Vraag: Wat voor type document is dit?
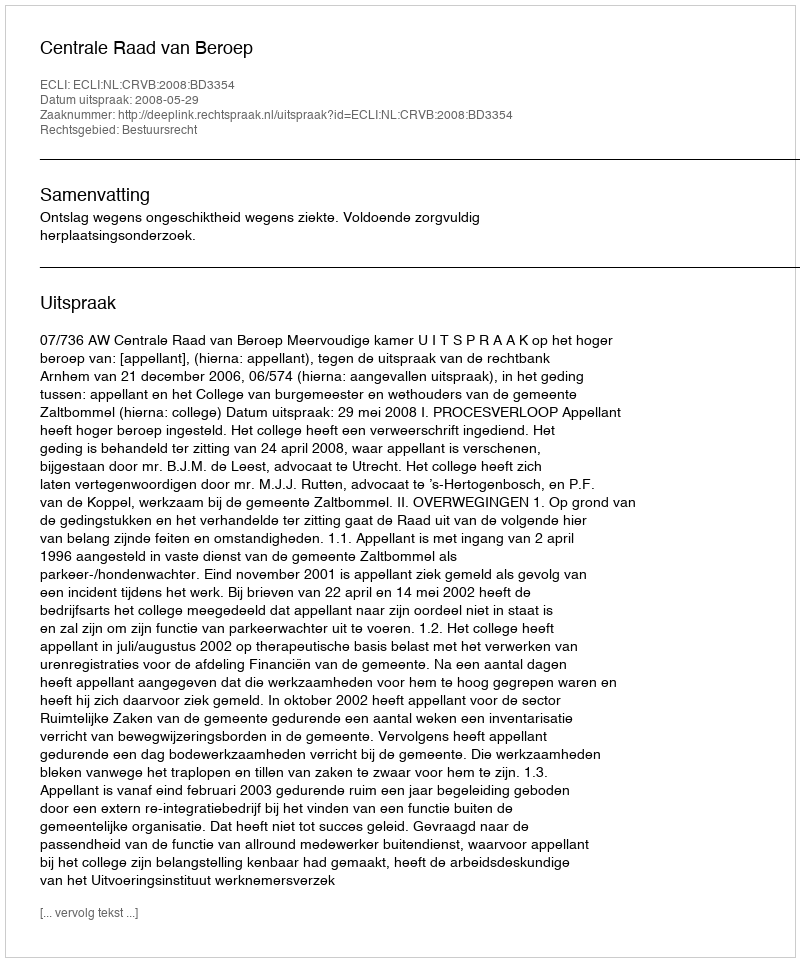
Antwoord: Uitspraak